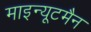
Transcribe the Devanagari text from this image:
माइन्यूटमैन